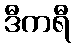
ဒီကရီ